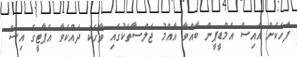
ފަހަކަށް އައިސް އެމްޑީޕީން ބާއްވާ އާއްމު ޖަލްސާތަކުގައި ވާހަކަ ދައްކަވާ އެޕާޓީގެ އިސް